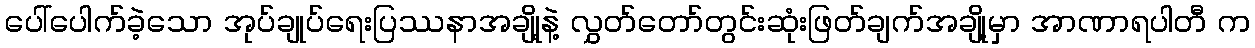
ပေါ်ပေါက်ခဲ့သော အုပ်ချုပ်ရေးပြဿနာအချို့နဲ့ လွှတ်တော်တွင်းဆုံးဖြတ်ချက်အချို့မှာ အာဏာရပါတီ က